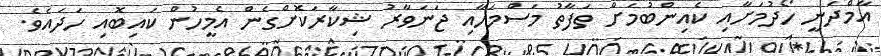
އާމްދަނީ ހޯދުމަށާއި ކެއިންބުމަށް ތަފާތު މަސްމަހާއި ޖަނަވާރު ޝިކާރަކޮށްގެން އެމީހުން ކައިބޮއި ހަދައެވެ.